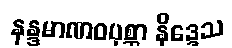
နန္ဒမာဏဝပုစ္ဆာ နိဒ္ဒေသ